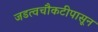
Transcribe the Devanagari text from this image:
जडत्वचौकटीपासून